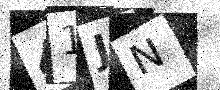
Text: 41JN